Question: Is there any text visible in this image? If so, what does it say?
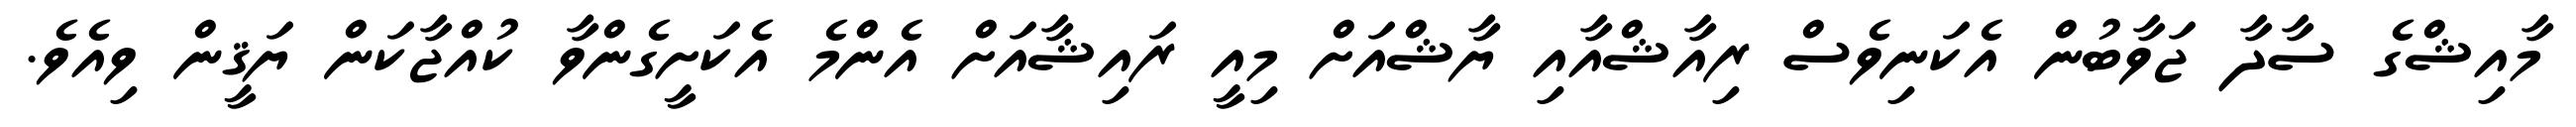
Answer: މާއިޝްގެ ސާދާ ޖަވާބުން އެކަނިވެސް ރިއާޝްއާއި ޔާޝްއަށް މިއީ ރައިޝާއަށް އެންމެ އެކަށީގެންވާ ކުއްޖާކަން ޔަޤީން ވިއެވެ.